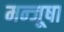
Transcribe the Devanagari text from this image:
मन्जूषा